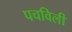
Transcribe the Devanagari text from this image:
पचविली